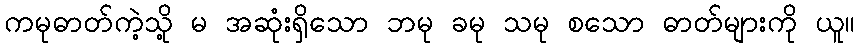
ကမုဓာတ်ကဲ့သို့ မ အဆုံးရှိသော ဘမု ခမု သမု စသော ဓာတ်များကို ယူ။